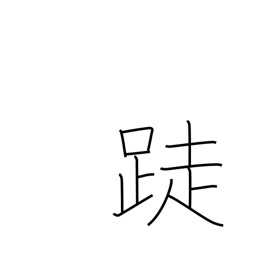
Meaning: barefoot